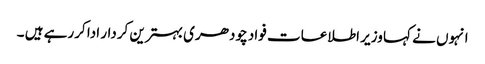
انہوں نے کہا وزیر اطلاعات فواد چودھری بہترین کردار ادا کررہے ہیں ۔